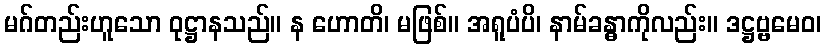
မဂ်တည်းဟူသော ဝုဋ္ဌာနသည်။ န ဟောတိ၊ မဖြစ်။ အရူပံပိ၊ နာမ်ခန္ဓာကိုလည်း။ ဒဋ္ဌဗ္ဗမေဝ၊